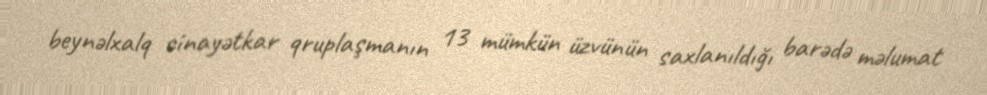
beynəlxalq cinayətkar qruplaşmanın 13 mümkün üzvünün saxlanıldığı barədə məlumat